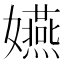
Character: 嬿